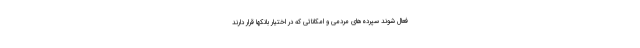
فعال شوند سپرده‌های مردمی و امکاناتی که در اختیار بانکها قرار دارند